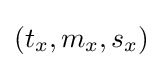
(t_{x},m_{x},s_{x})